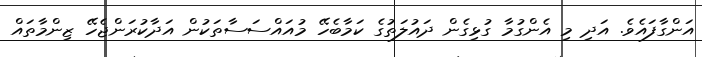
އަންގާފައެވެ. އަދި މި އެންގުމާ ގުޅިގެން ދައުލަތުގެ ކަމާބެހޭ މުއައްސަސާތަކުން އަދާކުރަންޖެހޭ ޒިންމާތައް